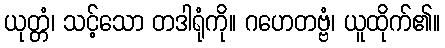
ယုတ္တံ၊ သင့်သော တဒါရုံကို။ ဂဟေတဗ္ဗံ၊ ယူထိုက်၏။